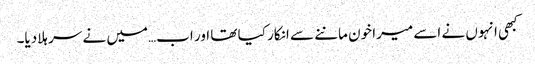
کبھی انہوں نے اسے میرا خون ماننے سے انکار کیا تھا اور اب…میں نے سر ہلادیا۔